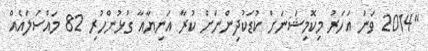
"2014 ވަނަ އަހަރު މިކޮމިޝަނަށް ކުޑަކުދިންނަށް ކުރާ އަނިޔާއާ ގުޅުންހުރި 82 މައްސަލައެއް